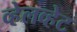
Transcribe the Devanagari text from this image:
व्हेलव्हेट